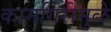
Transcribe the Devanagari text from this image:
कामगिरींमुळे